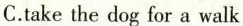
C.take the dog for a walk